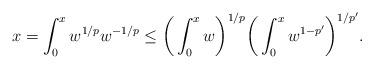
LaTeX: \begin{align*}x=\int_0^x w^{1/p}w^{-1/p}\le\bigg(\int_0^x w\bigg)^{1/p}\bigg(\int_0^xw^{1-p'}\bigg)^{1/p'}.\end{align*}